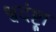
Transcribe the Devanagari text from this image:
श्वदंष्ट्रा